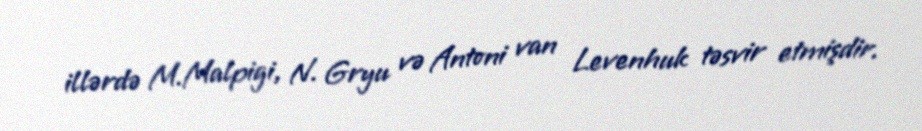
illərdə M.Malpigi, N. Gryu və Antoni van Levenhuk təsvir etmişdir.